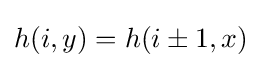
h(i,y)=h(i\pm 1,x)